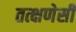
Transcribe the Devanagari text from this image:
तत्क्षणेसी